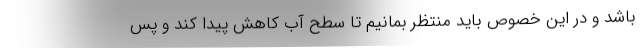
باشد و در این خصوص باید منتظر بمانیم تا سطح آب کاهش پیدا کند و پس